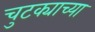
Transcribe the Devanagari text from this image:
चुटक्याच्या